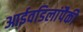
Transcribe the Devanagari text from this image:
आईवडिलांपैकी